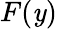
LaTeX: F(\mathit{y})